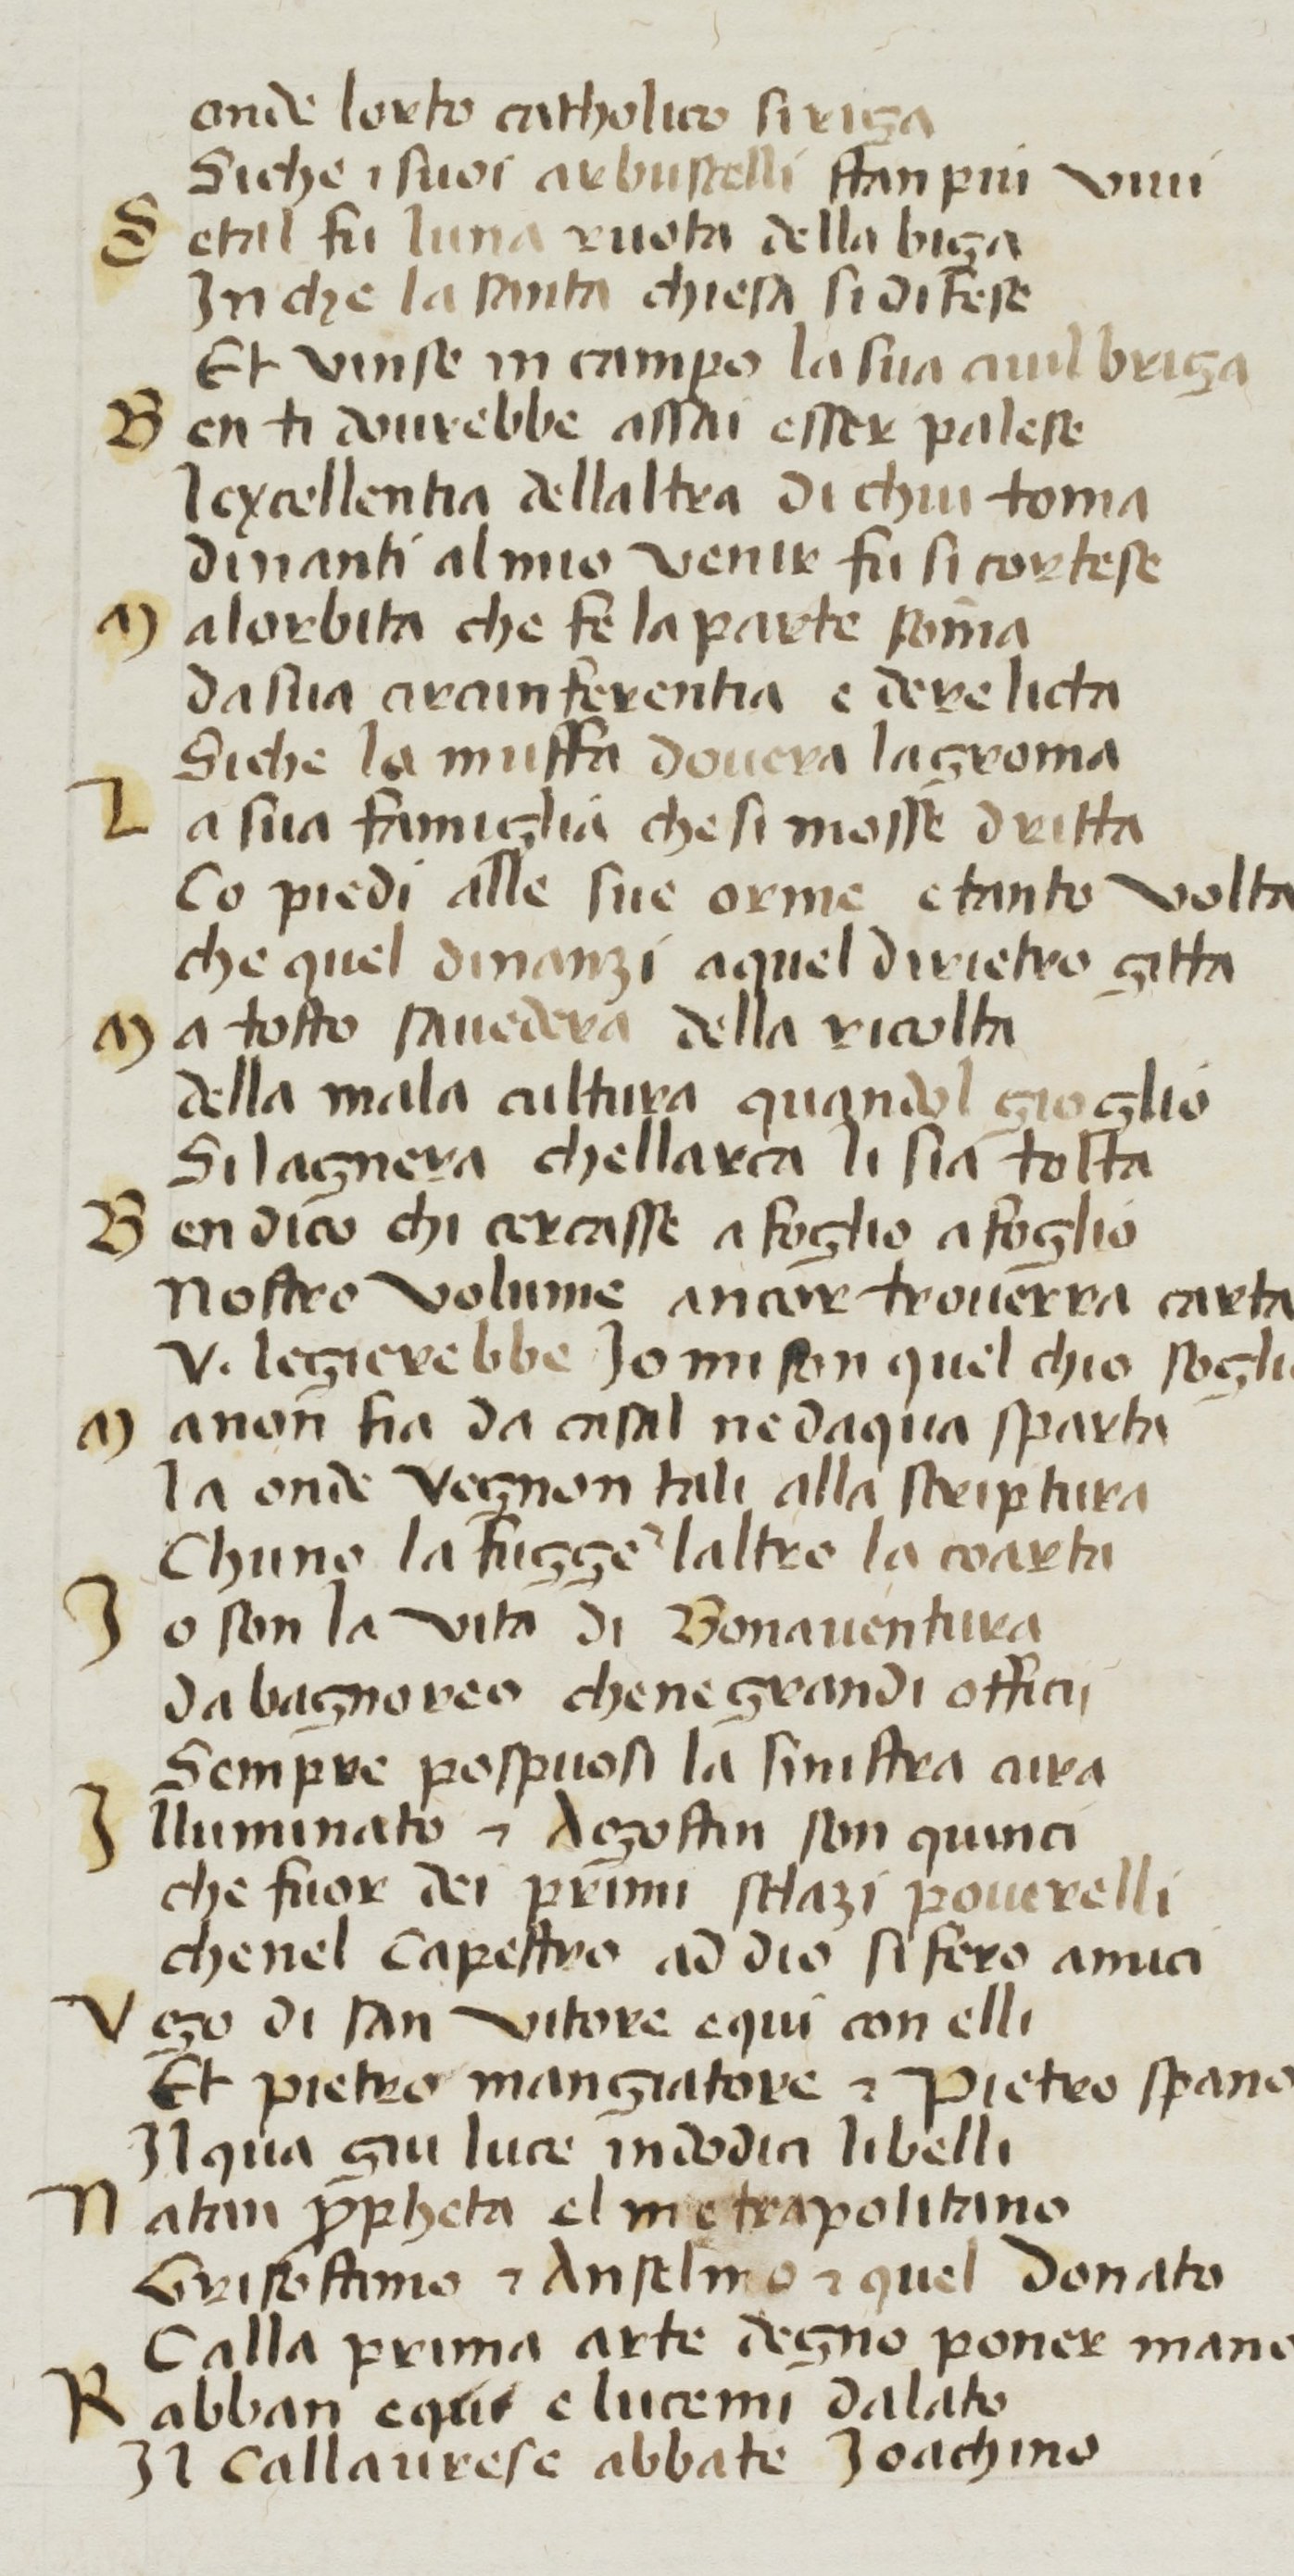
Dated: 1380–1399